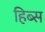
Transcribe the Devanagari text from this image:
हिब्स